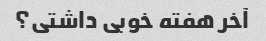
آخر هفته خوبی داشتی؟